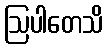
ဩပါတေသိ